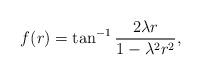
LaTeX: \begin{align*}f(r)= \tan^{-1}\frac{2\lambda r}{1-\lambda^{2}r^{2}},\end{align*}